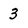
Character: 3